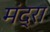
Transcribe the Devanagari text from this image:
मंद्रा